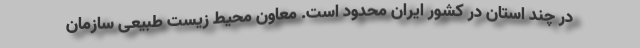
در چند استان در کشور ایران محدود است. معاون محیط زیست طبیعی سازمان